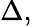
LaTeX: \Delta,